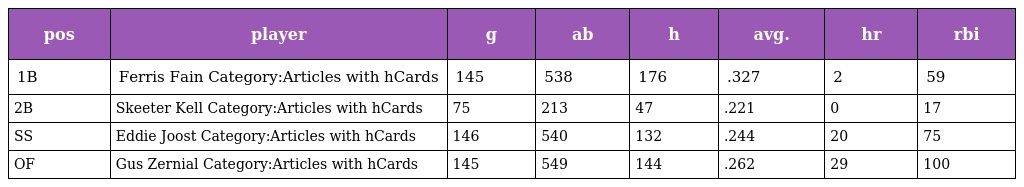
| pos | player | g | ab | h | avg. | hr | rbi |
 | --- | --- | --- | --- | --- | --- | --- | --- |
 | 1B | Ferris Fain Category:Articles with hCards | 145 | 538 | 176 | .327 | 2 | 59 |
 | 2B | Skeeter Kell Category:Articles with hCards | 75 | 213 | 47 | .221 | 0 | 17 |
 | SS | Eddie Joost Category:Articles with hCards | 146 | 540 | 132 | .244 | 20 | 75 |
 | OF | Gus Zernial Category:Articles with hCards | 145 | 549 | 144 | .262 | 29 | 100 |